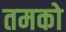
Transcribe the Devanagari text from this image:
तमको